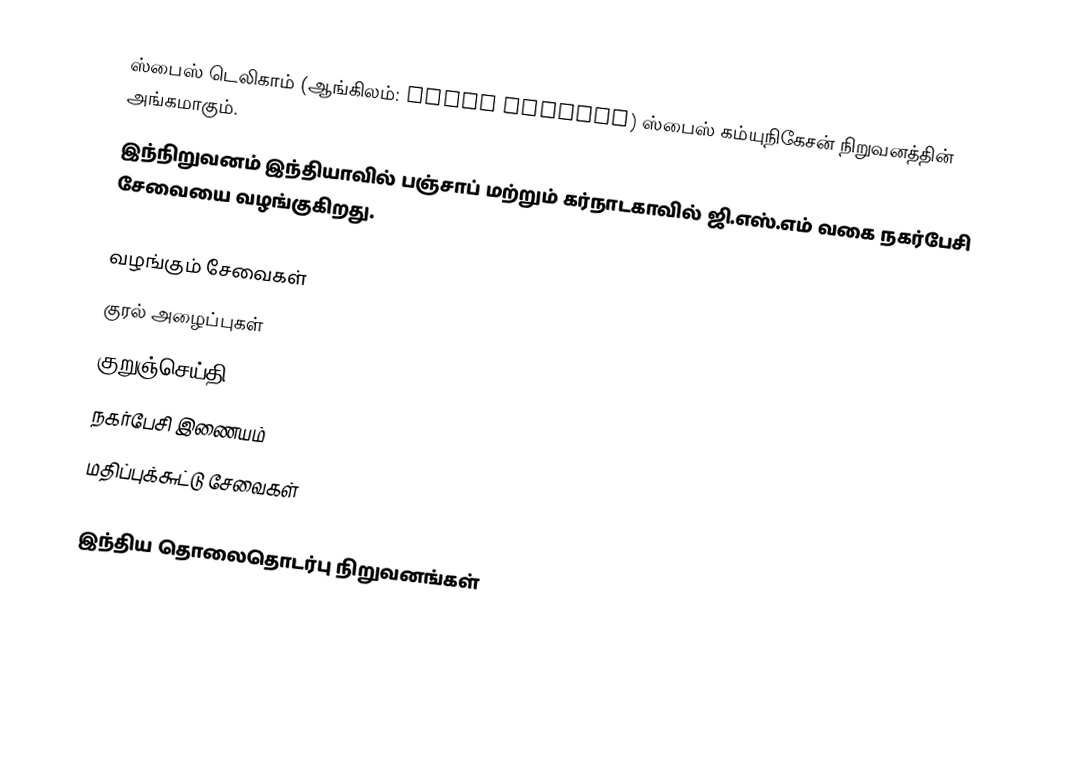
ஸ்பைஸ் டெலிகாம் (ஆங்கிலம்: Spice Telecom)  ஸ்பைஸ் கம்யுநிகேசன் நிறுவனத்தின் அங்கமாகும்.
இந்நிறுவனம் இந்தியாவில் பஞ்சாப் மற்றும் கர்நாடகாவில் ஜி.எஸ்.எம் வகை நகர்பேசி சேவையை வழங்குகிறது.

வழங்கும் சேவைகள்
 குரல் அழைப்புகள்
 குறுஞ்செய்தி
 நகர்பேசி இணையம்
 மதிப்புக்௬ட்டு    சேவைகள்

இந்திய தொலைதொடர்பு நிறுவனங்கள்